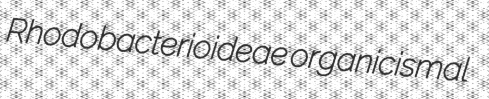
Rhodobacterioideae organicismal